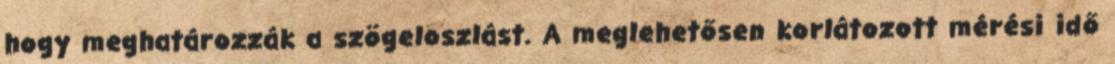
hogy meghatározzák a szögeloszlást. A meglehetősen korlátozott mérési idő